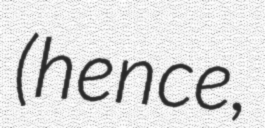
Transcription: (hence,